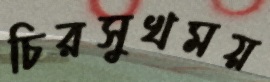
চিরসুখময়